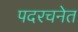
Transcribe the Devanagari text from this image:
पदरचनेत